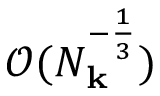
\mathcal { O } ( N _ { \mathbf { k } } ^ { - \frac 1 3 } )